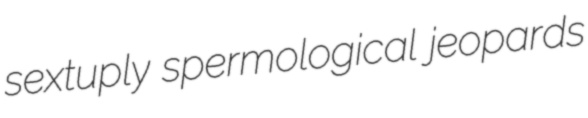
sextuply spermological jeopards